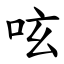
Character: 呟